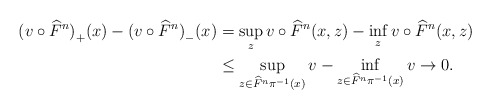
\begin{align*}{(v\circ \widehat F^n)}_+(x)-{(v\circ \widehat F^n)}_-(x)& =\sup_z v\circ \widehat F^n(x,z)- \inf_z v\circ \widehat F^n(x,z)\\ & \le \sup_{z\in \widehat{F}^n\pi^{-1}(x)}v - \inf_{z\in \widehat{F}^n\pi^{-1}(x)}v \to0.\end{align*}